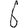
Digit: 6